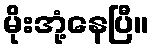
မိုးအုံ့နေပြီ။